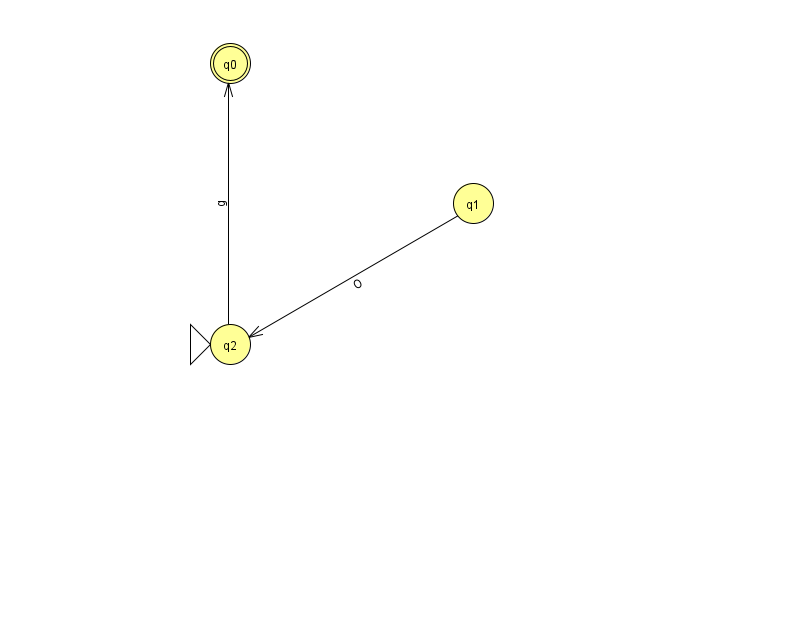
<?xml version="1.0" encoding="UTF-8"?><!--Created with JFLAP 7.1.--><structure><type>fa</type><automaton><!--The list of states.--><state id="0" name="q0"><x>230.0</x><y>50.0</y><final/></state><state id="1" name="q1"><x>473.0</x><y>190.0</y></state><state id="2" name="q2"><x>230.0</x><y>331.0</y><initial/></state><!--The list of transitions.--><transition><from>2</from><to>0</to><read>g</read></transition><transition><from>1</from><to>2</to><read>O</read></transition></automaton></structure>